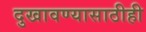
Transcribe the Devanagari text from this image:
दुखावण्यासाठीही